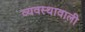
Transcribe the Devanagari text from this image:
व्यवस्थावाली